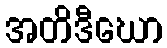
အတိဒီဃော